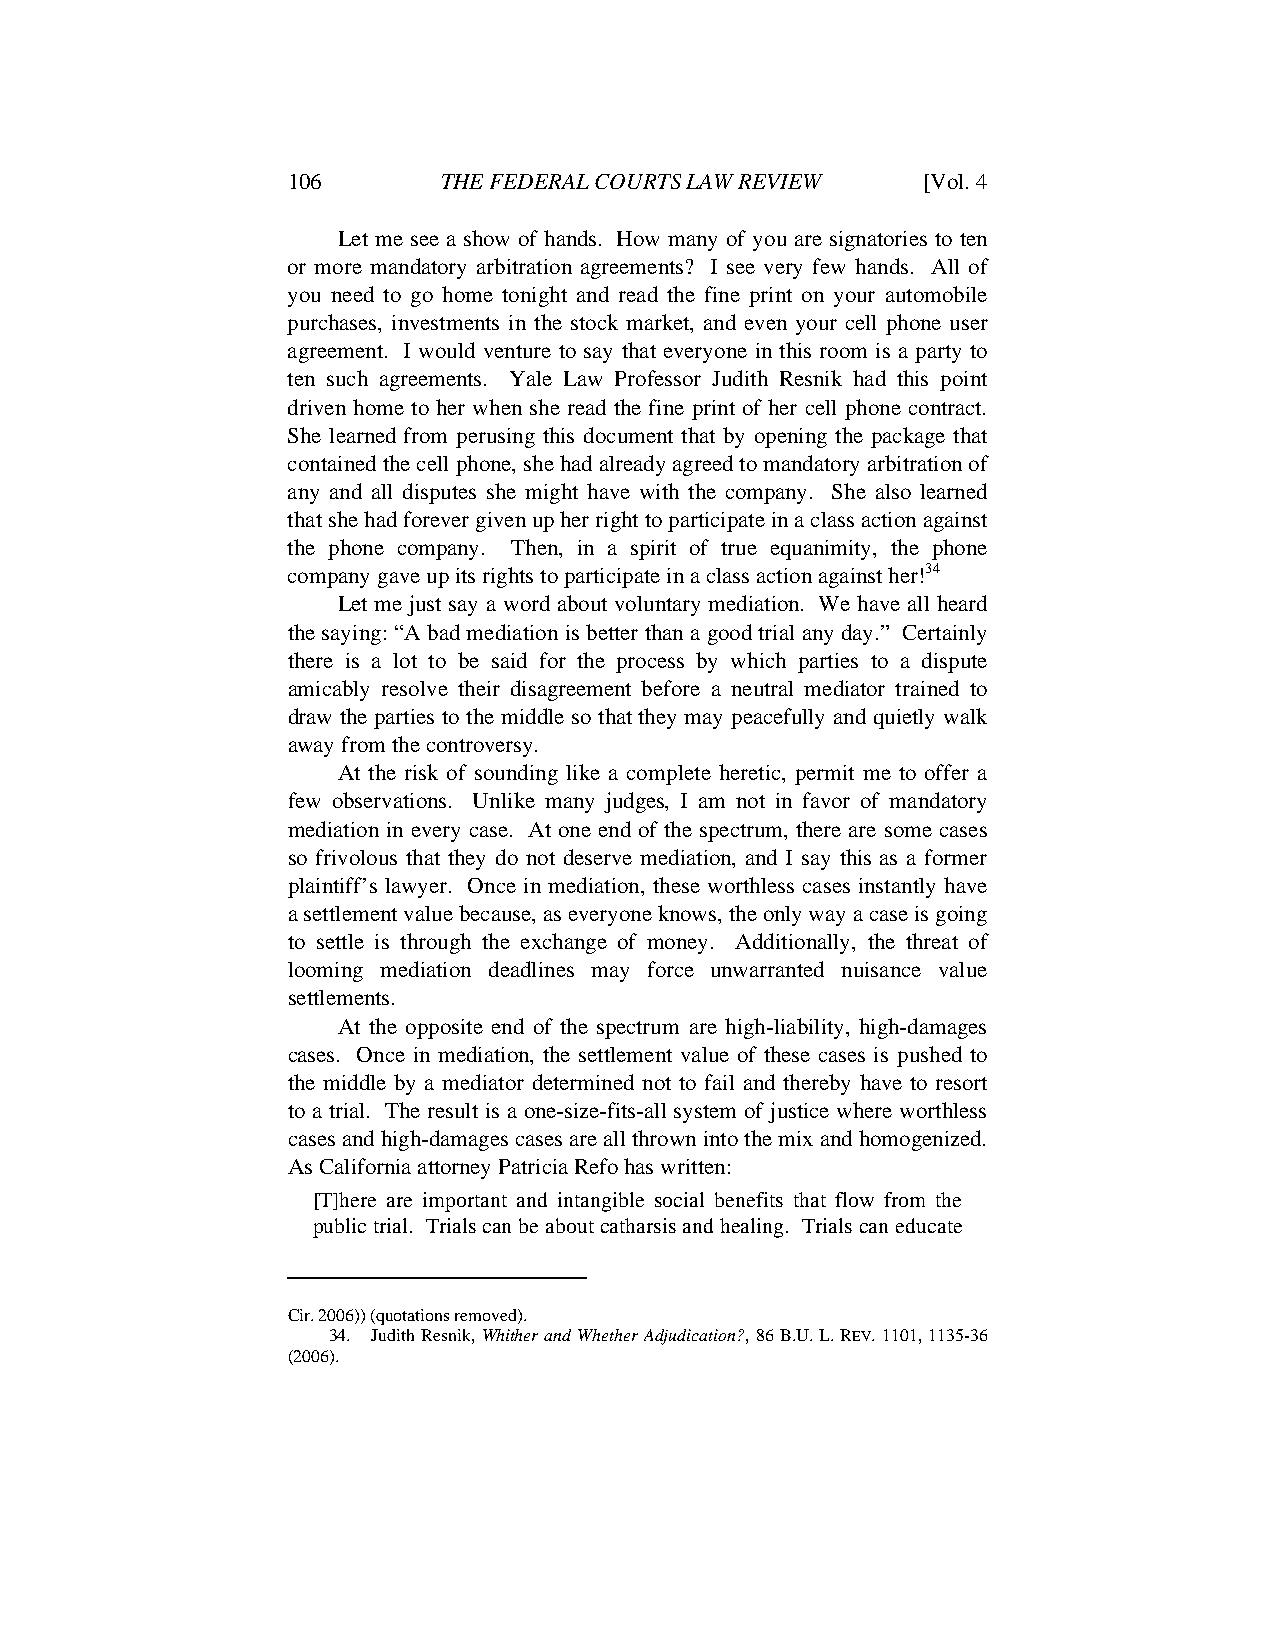
JUDGE ANDERSON ARTICLE - DRAFT 4.5 (FINAL) 5/13/2010 12:30:34 PM
 106       THE FEDERAL COURTS LAW REVIEW   [Vol. 4
 Let me see a show of hands. How many of you are signatories to ten
 or more mandatory arbitration agreements? I see very few hands. All of
 you need to go home tonight and read the fine print on your automobile
 purchases, investments in the stock market, and even your cell phone user
 agreement. I would venture to say that everyone in this room is a party to
 ten such agreements. Yale Law Professor Judith Resnik had this point
 driven home to her when she read the fine print of her cell phone contract.
 She learned from perusing this document that by opening the package that
 contained the cell phone, she had already agreed to mandatory arbitration of
 any and all disputes she might have with the company. She also learned
 that she had forever given up her right to participate in a class action against
 the phone company. Then, in a spirit of true equanimity, the phone
 company gave up its rights to participate in a class action against her!34
 Let me just say a word about voluntary mediation. We have all heard
 the saying: “A bad mediation is better than a good trial any day.” Certainly
 there is a lot to be said for the process by which parties to a dispute
 amicably resolve their disagreement before a neutral mediator trained to
 draw the parties to the middle so that they may peacefully and quietly walk
 away from the controversy.
 At the risk of sounding like a complete heretic, permit me to offer a
 few observations. Unlike many judges, I am not in favor of mandatory
 mediation in every case. At one end of the spectrum, there are some cases
 so frivolous that they do not deserve mediation, and I say this as a former
 plaintiff’s lawyer. Once in mediation, these worthless cases instantly have
 a settlement value because, as everyone knows, the only way a case is going
 to settle is through the exchange of money. Additionally, the threat of
 looming mediation deadlines may force unwarranted nuisance value
 settlements.
 At the opposite end of the spectrum are high-liability, high-damages
 cases. Once in mediation, the settlement value of these cases is pushed to
 the middle by a mediator determined not to fail and thereby have to resort
 to a trial. The result is a one-size-fits-all system of justice where worthless
 cases and high-damages cases are all thrown into the mix and homogenized.
 As California attorney Patricia Refo has written:
 [T]here are important and intangible social benefits that flow from the
 public trial. Trials can be about catharsis and healing. Trials can educate
 Cir. 2006)) (quotations removed).
 34. Judith Resnik, Whither and Whether Adjudication?, 86 B.U. L. REV. 1101, 1135-36
 (2006).